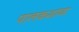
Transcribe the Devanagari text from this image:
पालकशाळा